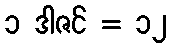
၁ ဒါဇင် = ၁၂